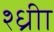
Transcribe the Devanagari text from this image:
श्ध्रीा